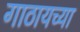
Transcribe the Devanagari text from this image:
गाठायच्या